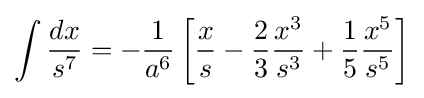
\int {\frac {dx}{s^{7}}}=-{\frac {1}{a^{6}}}\left[{\frac {x}{s}}-{\frac {2}{3}}{\frac {x^{3}}{s^{3}}}+{\frac {1}{5}}{\frac {x^{5}}{s^{5}}}\right]